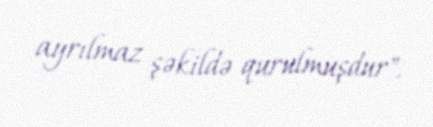
ayrılmaz şəkildə qurulmuşdur".